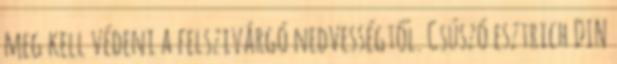
meg kell védeni a felszivárgó nedvességtől. Csúszó esztrich DIN